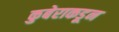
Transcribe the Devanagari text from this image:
कुबेराकडून